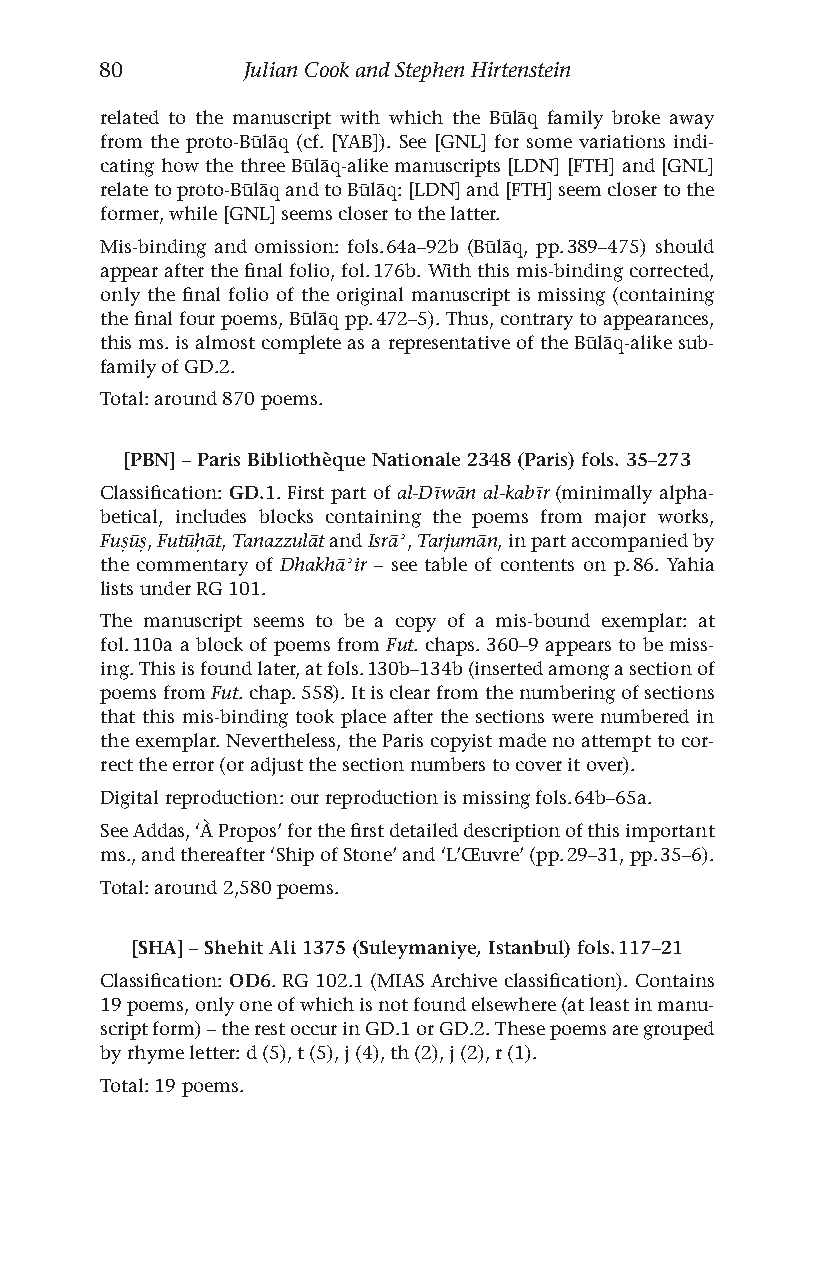
80       Julian Cook and Stephen Hirtenstein
 related to the manuscript with which the Būlāq family broke away
 from the proto-Būlāq (cf. [YAB]). See [GNL] for some variations indi-
 cating how the three Būlāq-alike manuscripts [LDN] [FTH] and [GNL]
 relate to proto-Būlāq and to Būlāq: [LDN] and [FTH] seem closer to the
 former, while [GNL] seems closer to the latter.
 Mis-binding and omission: fols. 64a–92b (Būlāq, pp. 389–475) should
 appear after the final folio, fol. 176b. With this mis-binding corrected,
 only the final folio of the original manuscript is missing (containing
 the final four poems, Būlāq pp. 472–5). Thus, contrary to appearances,
 this ms. is almost complete as a representative of the Būlāq-alike sub-
 family of GD.2.
 Total: around 870 poems.
 [PBN] – Paris Bibliothèque Nationale 2348 (Paris) fols. 35–273
 Classification: GD.1. First part of al-Dīwān al-kabīr (minimally alpha-
 betical, includes blocks containing the poems from major works,
 Fuṣūṣ, Futūḥāt, Tanazzulāt and Isrāʾ, Tarjumān, in part accompanied by
 the commentary of Dhakhāʾir – see table of contents on p. 86. Yahia
 lists under RG 101.
 The manuscript seems to be a copy of a mis-bound exemplar: at
 fol. 110a a block of poems from Fut. chaps. 360–9 appears to be miss-
 ing. This is found later, at fols. 130b–134b (inserted among a section of
 poems from Fut. chap. 558). It is clear from the numbering of sections
 that this mis-binding took place after the sections were numbered in
 the exemplar. Nevertheless, the Paris copyist made no attempt to cor-
 rect the error (or adjust the section numbers to cover it over).
 Digital reproduction: our reproduction is missing fols. 64b–65a.
 See Addas, ‘À Propos’ for the first detailed description of this important
 ms., and thereafter ‘Ship of Stone’ and ‘L’Œuvre’ (pp. 29–31, pp. 35–6).
 Total: around 2,580 poems.
 [SHA] – Shehit Ali 1375 (Suleymaniye, Istanbul) fols. 117–21
 Classification: OD6. RG 102.1 (MIAS Archive classification). Contains
 19 poems, only one of which is not found elsewhere (at least in manu-
 script form) – the rest occur in GD.1 or GD.2. These poems are grouped
 by rhyme letter: d (5), t (5), j (4), th (2), j (2), r (1).
 Total: 19 poems.